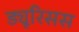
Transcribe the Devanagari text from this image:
ड्यूरिसस